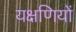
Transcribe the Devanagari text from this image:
यक्षणियों